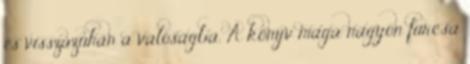
és visszazuhan a valóságba. A könyv maga nagyon furcsa